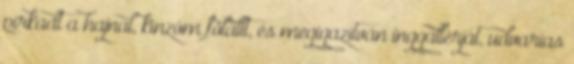
pirkadt a hajnal, kínzóm fölállt, és megigazítván inggallérját, udvarias